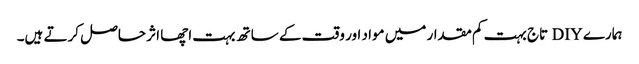
ہمارے DIY تاج بہت کم مقدار میں مواد اور وقت کے ساتھ بہت اچھا اثر حاصل کرتے ہیں۔